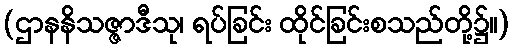
(ဌာနနိသဇ္ဇာဒီသု၊ ရပ်ခြင်း ထိုင်ခြင်းစသည်တို့၌။)